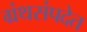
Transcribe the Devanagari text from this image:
ग्रंथसंपदेत